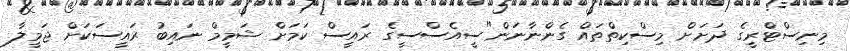
މިނިސްޓްރީގެ ދަށަށް މިސްކިތްތައް ގެންނާނަން"ސީއެސްސީގެ ރައީސް ކަމަށް ޝަމީމް ނައިބު ރައީސަކަށް ޖަމީލާ